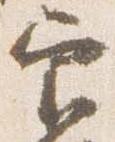
官